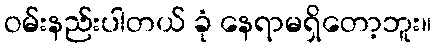
ဝမ်းနည်းပါတယ် ခုံ နေရာမရှိတော့ဘူး။